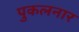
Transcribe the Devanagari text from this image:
पुकलनार